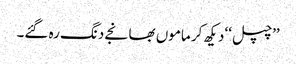
’’چپل‘‘ دیکھ کر ماموں بھانجے دنگ رہ گئے۔